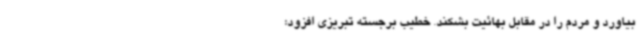
بیاورد و مردم را در مقابل بهائیت بشکند. خطیب برجسته تبریزی افزود: